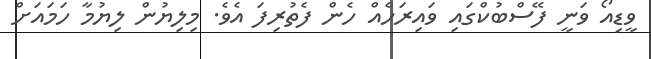
ވީޑިއޯ ވަނީ ފޭސްބުކްގައި ވައިރަހެއް ހެން ފެތުރިފަ އެވެ. މިލިޔުން ލިޔުމާ ހަމައަށް